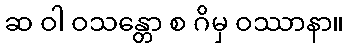
ဆ ဝါ ဝသန္တော စ ဂိမှ ဝဿာနာ။